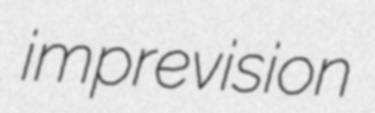
imprevision